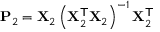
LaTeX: \mathbf { P } _ { 2 } = \mathbf { X } _ { 2 } \left( \mathbf { X } _ { 2 } ^ { \mathsf { T } } \mathbf { X } _ { 2 } \right) ^ { - 1 } \mathbf { X } _ { 2 } ^ { \mathsf { T } }